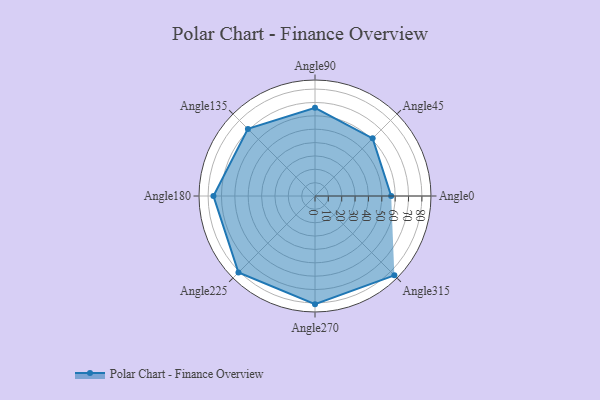
{"axis": {"x": "Angle", "y": "Radius"}, "legend": [""], "data": [{"x": "Angle0", "y": 57.0, "type": ""}, {"x": "Angle45", "y": 61.0, "type": ""}, {"x": "Angle90", "y": 66.0, "type": ""}, {"x": "Angle135", "y": 71.0, "type": ""}, {"x": "Angle180", "y": 76.0, "type": ""}, {"x": "Angle225", "y": 81.0, "type": ""}, {"x": "Angle270", "y": 81.0, "type": ""}, {"x": "Angle315", "y": 84.0, "type": ""}]}